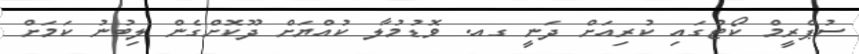
ސުޕްރީމް ކޯޓުގައި ކުރިއަށް ދަނީ ގއ. ވޮޑުމުލާ ކުއްޔަށް ދޫކޮށްގެން ލިބުނު ކަމަށް